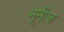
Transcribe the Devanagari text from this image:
नूनीज़